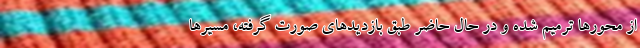
از محورها ترمیم شده و در حال حاضر طبق بازدیدهای صورت گرفته، مسیرها